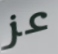
عز